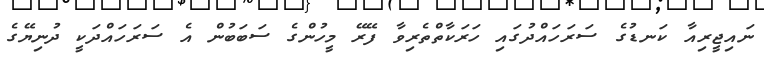
ނައިޖީރިއާ ކަނޑުގެ ސަރަހައްދުގައި ހަރަކާތްތެރިވާ ފޭރޭ މީހުންގެ ސަބަބުން އެ ސަރަހައްދަކީ ދުނިޔޭގެ